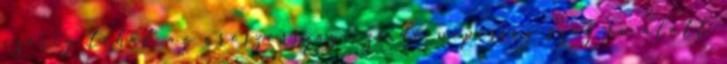
ezerig tehát az oroszországi zsidó népesség száz év alatt